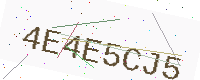
Text: 4E4E5CJ5